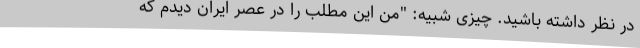
در نظر داشته باشید. چیزی شبیه: "من این مطلب را در عصر ایران دیدم که